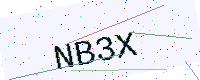
Text: NB3X